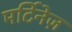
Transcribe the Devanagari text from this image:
मर्टिनेज़